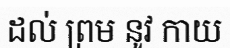
ដល់ ព្រម នូវ កាយ